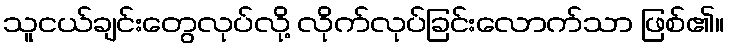
သူငယ်ချင်းတွေလုပ်လို့ လိုက်လုပ်ခြင်းလောက်သာ ဖြစ်၏။